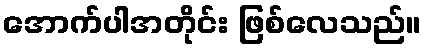
အောက်ပါအတိုင်း ဖြစ်လေသည်။